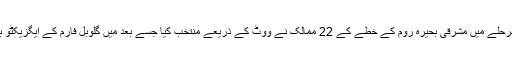
پاکستان کو ابتدائی مرحلے میں مشرقی بحیرہ روم کے خطے کے 22 ممالک نے ووٹ کے ذریعے منتخب کیا جسے بعد میں گلوبل فارم کے ایگزیکٹو بورڈ نے منتخب کیا۔